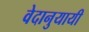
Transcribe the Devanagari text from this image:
वेदानुयायी